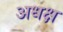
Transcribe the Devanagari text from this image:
अधक्ष